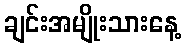
ချင်းအမျိုးသားနေ့